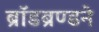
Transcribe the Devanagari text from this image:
ब्रॉडब्रण्डने